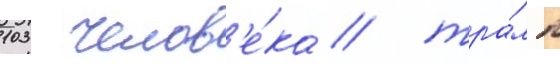
103 челов'е́ка / тра́мп